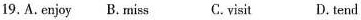
19. A.enjoy B. miss C.visit D. tend